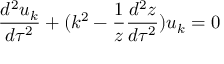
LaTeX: \frac { d ^ { 2 } u _ { k } } { d \tau ^ { 2 } } + ( k ^ { 2 } - \frac { 1 } { z } \frac { d ^ { 2 } z } { d \tau ^ { 2 } } ) u _ { k } = 0